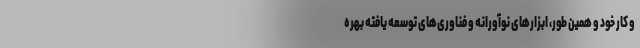
و کار خود و همین طور، ابزارهای نوآورانه و فناوری‌های توسعه یافته بهره